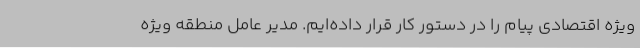
ویژه اقتصادی پیام را در دستور کار قرار داده‌ایم. مدیر عامل منطقه ویژه